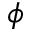
\phi